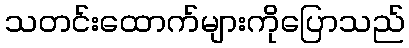
သတင်းထောက်များကိုပြောသည်